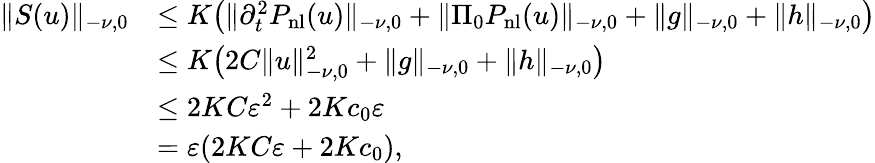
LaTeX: \begin{array}{rl}{\lVert S(u)\rVert_{-\nu,0}}&{\le K\bigl(\lVert\partial_{t}^{2}P_{\mathrm{nl}}(u)\rVert_{-\nu,0}+\lVert\Pi_{0}P_{\mathrm{nl}}(u)\rVert_{-\nu,0}+\lVert g\rVert_{-\nu,0}+\lVert h\rVert_{-\nu,0}\bigr)}\\ &{\le K\bigl(2C\lVert u\rVert_{-\nu,0}^{2}+\lVert g\rVert_{-\nu,0}+\lVert h\rVert_{-\nu,0}\bigr)}\\ &{\le 2KC\varepsilon^{2}+2Kc_{0}\varepsilon}\\ &{=\varepsilon(2KC\varepsilon+2Kc_{0}),}\end{array}